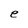
Character: e